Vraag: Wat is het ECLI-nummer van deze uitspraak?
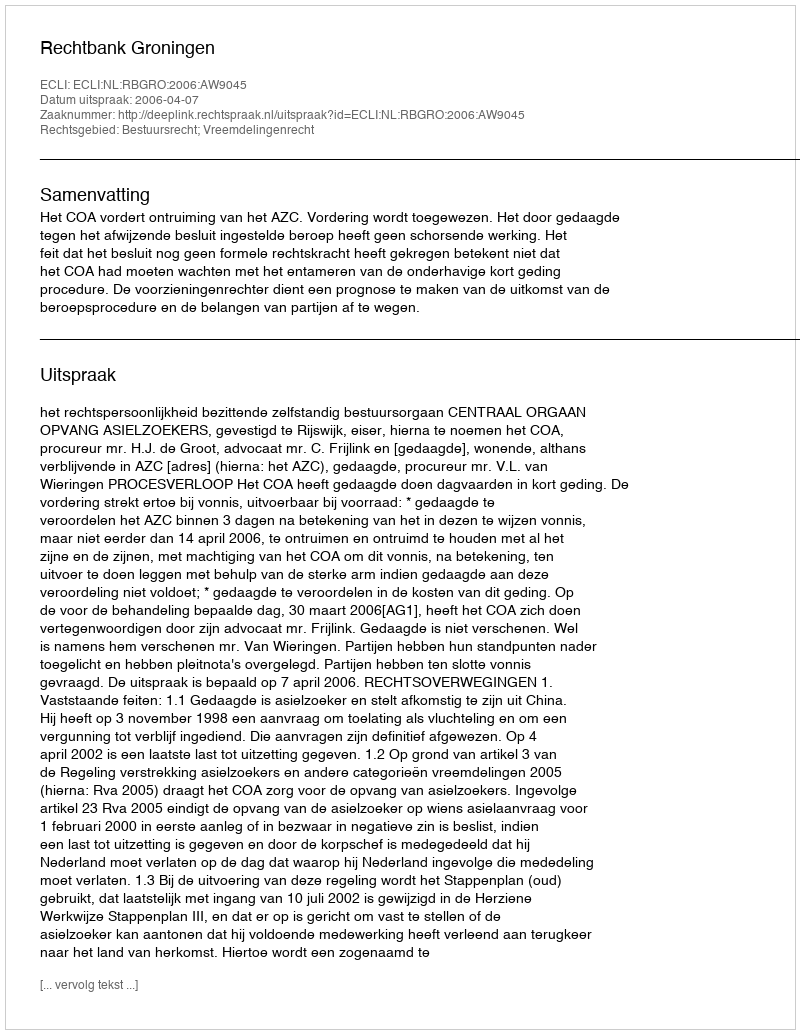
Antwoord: ECLI:NL:RBGRO:2006:AW9045